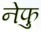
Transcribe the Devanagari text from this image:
नेफु